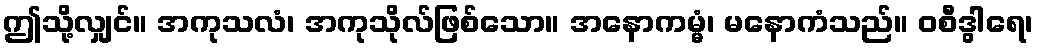
ဤသို့လျှင်။ အကုသလံ၊ အကုသိုလ်ဖြစ်သော။ အနောကမ္မံ၊ မနောကံသည်။ ဝစီဒွါရေ၊